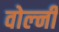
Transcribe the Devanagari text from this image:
वोल्नी